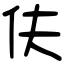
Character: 伕